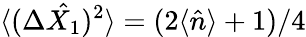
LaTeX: \langle(\Delta\hat{X_{1}})^{2}\rangle=(2\langle\hat{n}\rangle+1)/4